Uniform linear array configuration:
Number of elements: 8
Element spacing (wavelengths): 0.75
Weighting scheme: uniform
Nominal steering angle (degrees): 15
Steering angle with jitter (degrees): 15.023
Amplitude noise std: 0.05
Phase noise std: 0.05

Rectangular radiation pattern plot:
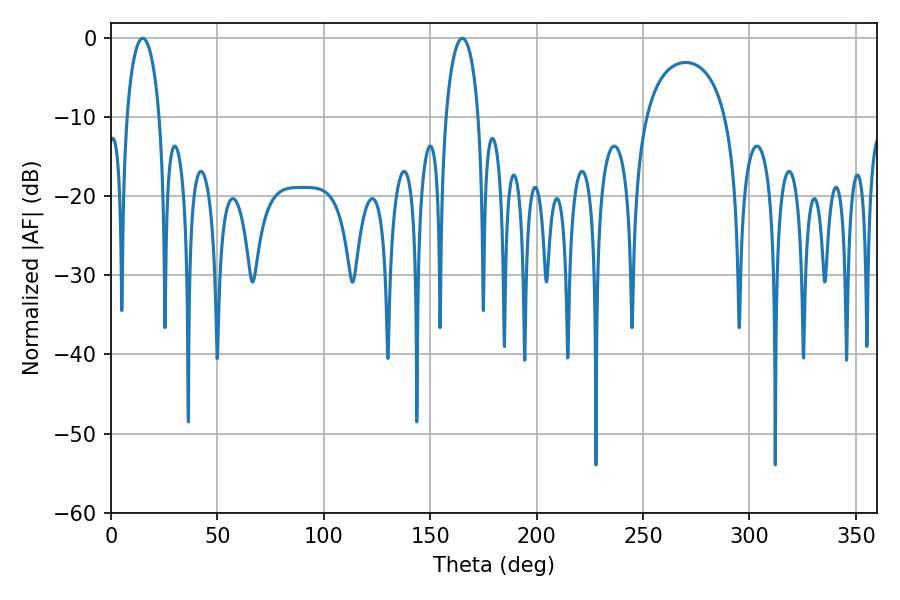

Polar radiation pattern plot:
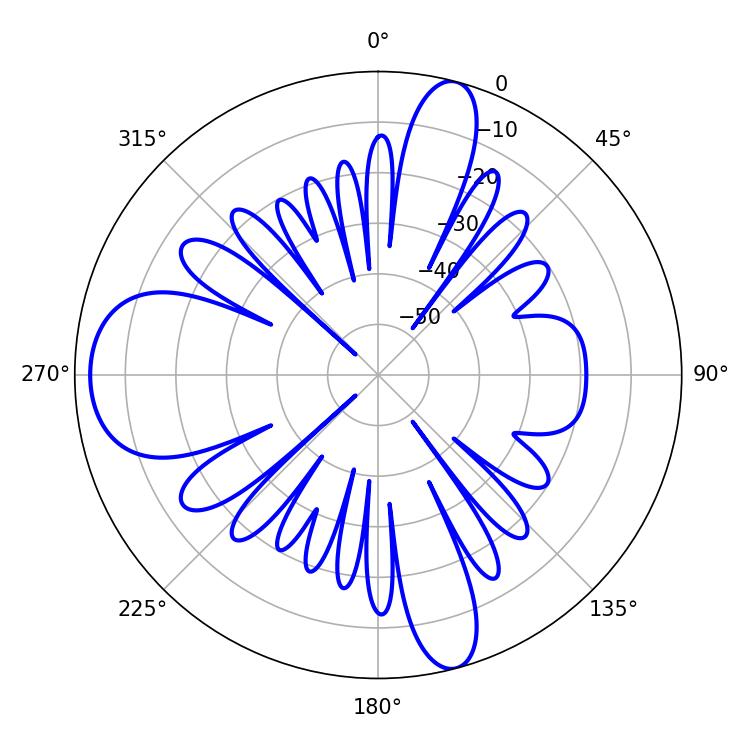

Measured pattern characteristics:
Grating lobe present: TRUE
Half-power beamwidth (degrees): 8.82
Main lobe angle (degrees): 14.94